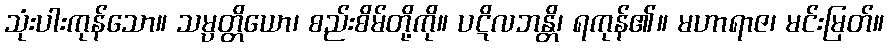
သုံးပါးကုန်သော။ သမ္ပတ္တိယော၊ စည်းစိမ်တို့ကို။ ပဋိလဘန္တိ၊ ရကုန်၏။ မဟာရာဇ၊ မင်းမြတ်။